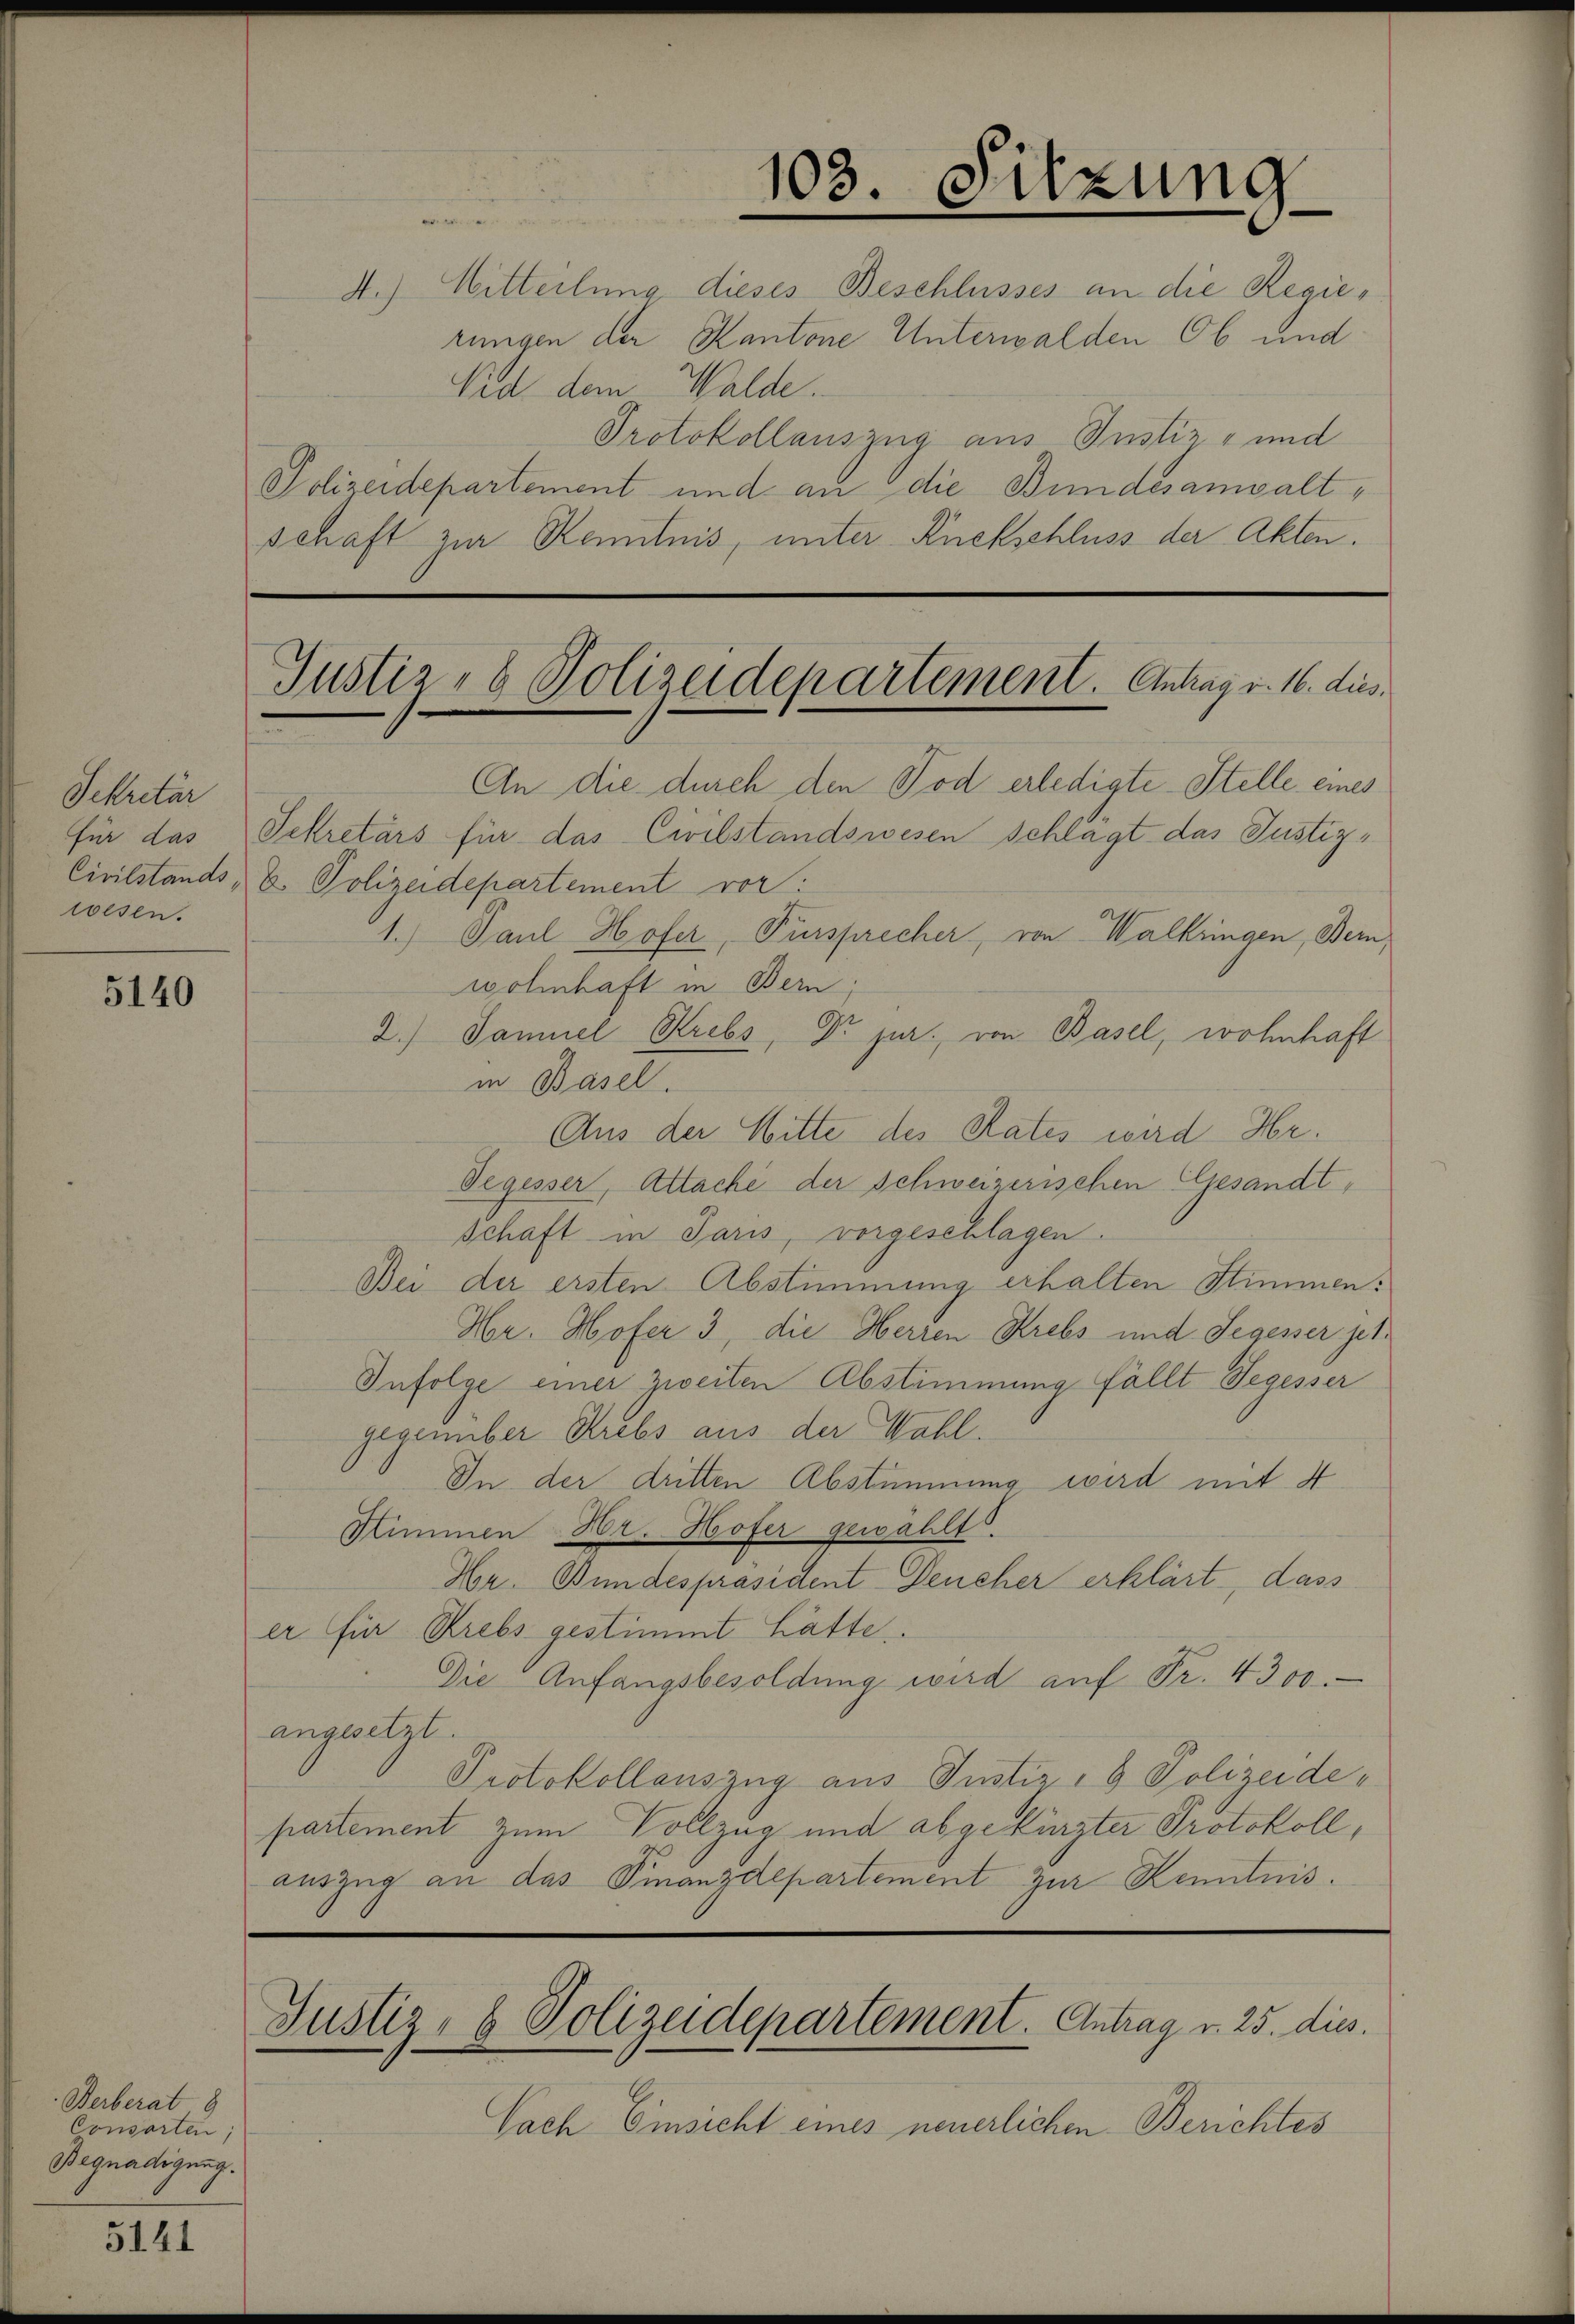
Sekretär
wesen.

5140

Berberat 8
Consorten;
Begnadigung.

5141

A.) Mitteilung dieses Beschlusses an die Regierungen der Kantone Unterwalden Ob und
Vid dem Walde.
Protokollauszug aus Justiz- und
Polizeidepartement und an die Bundesanwaltschaft zur Kenntnis, unter Rückschluss der Akten.

An die durch den Tod erledigte Stelle eines
für das Sekretärs für das Civilstandswesen schlägt das Justiz¬
Civilstands- & Polizeidepartement vor:
1.) Paul Hofer, Fürsprecher, von Walkringen, Bern,
wohnhaft in Bern,
2.) Samuel Krebs, Dr jur. von Basel, wohnhaft
in Basel.
Aus der Witte des Rates wird Hr.
Segesser, Attache der schweizerischen Gesandtschaft in Paris, vorgeschlagen.
Bei der ersten Abstimmung erhalten Stimmen.
Hr. Hofer 3, die Herren Krebs und Segesser jet
Infolge einer Zweiten Abstimmung fällt Segesser
gegenüber Krebs aus der Wahl.
In der dritten Abstimmung wird mit 4
Stimmen Hr. Hofer gewählt.
Hr. Bundespräsident Deucher erklärt, dass
er für Krebs gestimmt hätte.
Die Anfangsbesoldung wird auf Fr. 4300.
angesetzt.
Protokollauszug aus Justiz- & Polizeidepartement zum Vollzug und abgekürzter Protokoll,
auszug an das Finanzdepartement zur Kenntnis.

103. Sitzung
.

Justiz- & Polizeidepartement. Antrag v. 16. dies

Justiz- & Polizeidepartement. Antrag v. 25. dies.

Nach Einsicht eines neuerlichen Berichtes